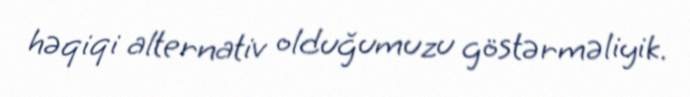
həqiqi alternativ olduğumuzu göstərməliyik.